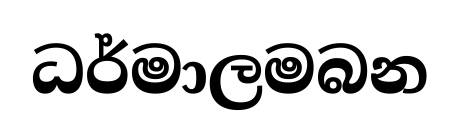
ධර්මාලමබන